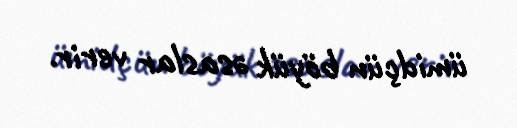
ümidçün böyük əsaslar verir.